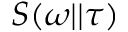
S ( \omega | | \tau )